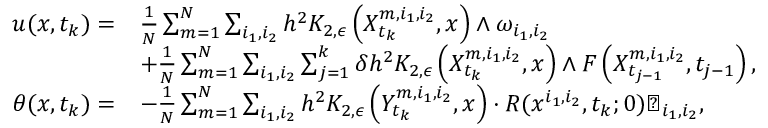
\begin{array} { r l } { u ( x , t _ { k } ) = } & { \frac { 1 } { N } \sum _ { m = 1 } ^ { N } \sum _ { i _ { 1 } , i _ { 2 } } h ^ { 2 } K _ { 2 , \epsilon } \left( X _ { t _ { k } } ^ { m , i _ { 1 } , i _ { 2 } } , x \right) \wedge \omega _ { i _ { 1 } , i _ { 2 } } } \\ & { + \frac { 1 } { N } \sum _ { m = 1 } ^ { N } \sum _ { i _ { 1 } , i _ { 2 } } \sum _ { j = 1 } ^ { k } \delta h ^ { 2 } K _ { 2 , \epsilon } \left( X _ { t _ { k } } ^ { m , i _ { 1 } , i _ { 2 } } , x \right) \wedge F \left( X _ { t _ { j - 1 } } ^ { m , i _ { 1 } , i _ { 2 } } , t _ { j - 1 } \right) , } \\ { \theta ( x , t _ { k } ) = } & { - \frac { 1 } { N } \sum _ { m = 1 } ^ { N } \sum _ { i _ { 1 } , i _ { 2 } } h ^ { 2 } K _ { 2 , \epsilon } \left( Y _ { t _ { k } } ^ { m , i _ { 1 } , i _ { 2 } } , x \right) \cdot R ( x ^ { i _ { 1 } , i _ { 2 } } , t _ { k } ; 0 ) \varTheta _ { i _ { 1 } , i _ { 2 } } , } \end{array}